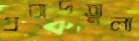
প্রবাদতুল্য